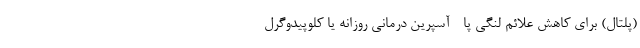
(پلتال) برای کاهش علائم لنگی پا - آسپرین درمانی روزانه یا کلوپیدوگرل